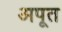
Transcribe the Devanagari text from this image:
अपूत